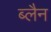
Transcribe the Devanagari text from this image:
ब्लैन